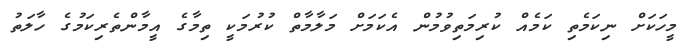
މީހަކަށް ނިކަމެތި ކަމެއް ކުރިމަތިވުމުން އެކަމަށް މަލާމާތް ކުރުމަކީ ތިމާގެ އީމާންތެރިކަމުގެ ހާލަތު